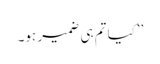
’’کیا تم ہی ضمیر ہو۔